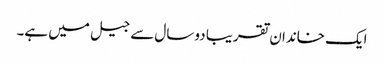
ایک خاندان تقریبا دو سال سے جیل میں ہے۔